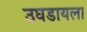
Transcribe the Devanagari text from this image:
उघडायला